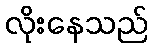
လိုးနေသည်